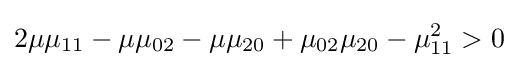
2\mu \mu _{11}-\mu \mu _{02}-\mu \mu _{20}+\mu _{02}\mu _{20}-\mu _{11}^{2}>0